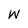
Character: W